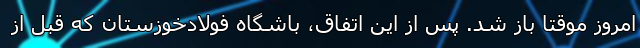
امروز موقتا باز شد. پس از این اتفاق، باشگاه فولادخوزستان که قبل از